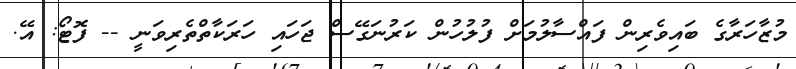
މުޒާހަރާގެ ބައިވެރިން ފައްސާލުމަށް ފުލުހުން ކަރުނަގޭސް ޖަހައި ހަރަކާތްތެރިވަނީ -- ފޮޓޯ: އޭ.